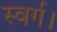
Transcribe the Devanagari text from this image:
स्वर्ग।